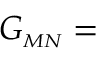
{ \cal G } _ { \scriptscriptstyle M N } =